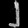
Digit: ၂